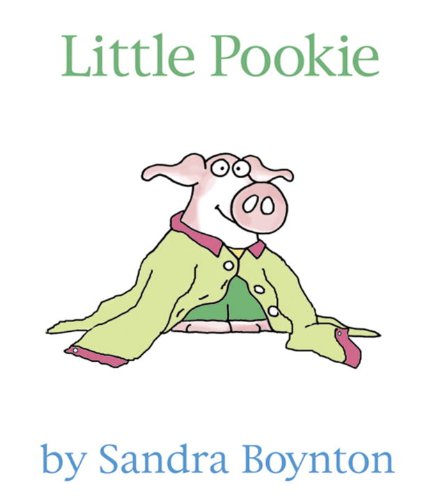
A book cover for Little Pookie; Sandra Boynton; Children's Books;